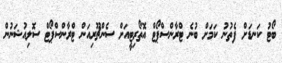
ބޯޓު ކަނޑަށް ފެތުނު ކަމަށް ބުނެ ޓްރާންސްޕޯޓް އޮތޯރިޓީއަށް ސެންޗޫރިއަން ޓްރާންސްޕޯޓް ސޮލިއުޝަނުން